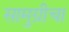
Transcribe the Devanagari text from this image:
सामुग्रीचा